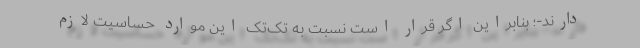
دارند-؛ بنابراین اگر قرار است نسبت به تک‌تک این موارد حساسیت لازم